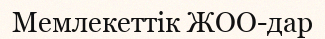
Мемлекеттік ЖОО-дар